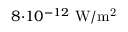
8 { \cdot } 1 0 ^ { - 1 2 } \ \mathrm { W / m ^ { 2 } }